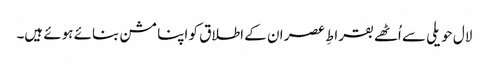
لال حویلی سے اُٹھے بقراطِ عصر ان کے اطلاق کو اپنا مشن بنائے ہوئے ہیں۔